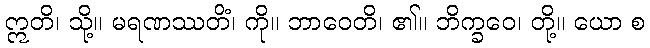
ဣတိ၊ သို့။ မရဏဿတိံ၊ ကို။ ဘာဝေတိ၊ ၏။ ဘိက္ခဝေ၊ တို့။ ယော စ